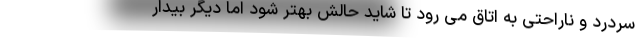
سردرد و ناراحتی به اتاق می رود تا شاید حالش بهتر شود اما دیگر بیدار